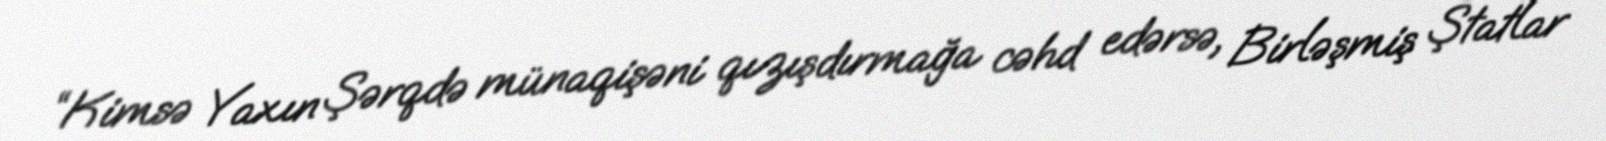
“Kimsə Yaxın Şərqdə münaqişəni qızışdırmağa cəhd edərsə, Birləşmiş Ştatlar